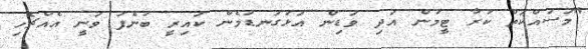
"މަސައްކަތް ކުރާ ޓީމުން އަދި ވަޑިން އަޅުގަނޑުމެން ކައިރީ ބުނެފަ ވަނީ އެއްޗެހި